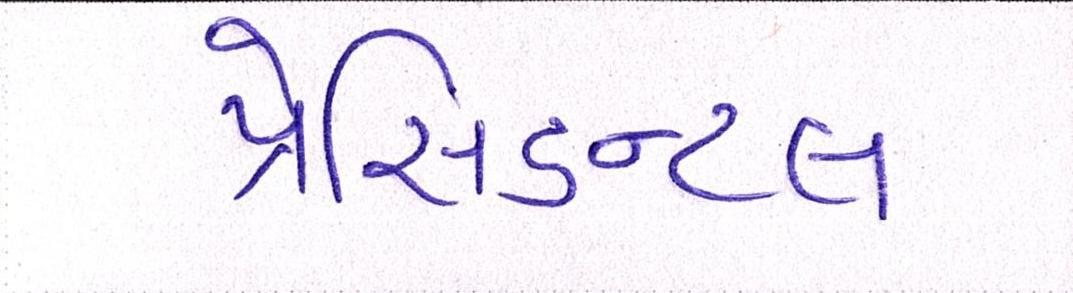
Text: પ્રેસિડન્ટલ